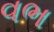
વભ